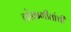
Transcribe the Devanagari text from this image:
लोकगीतांची